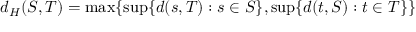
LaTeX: d _ { H } ( S , T ) = \operatorname* { m a x } \{ \operatorname* { s u p } \{ d ( s , T ) : s \in S \} , \operatorname* { s u p } \{ d ( t , S ) : t \in T \} \}